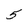
Character: 5